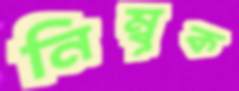
নিম্বূক